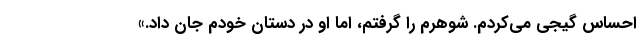
احساس گیجی می‌کردم. شوهرم را گرفتم، اما او در دستان خودم جان داد.»